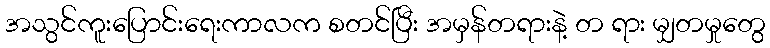
အသွင်ကူးပြောင်းရေးကာလက စတင်ပြီး အမှန်တရားနဲ့ တ ရား မျှတမှုတွေ